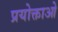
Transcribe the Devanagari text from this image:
प्रयोक्ताओ